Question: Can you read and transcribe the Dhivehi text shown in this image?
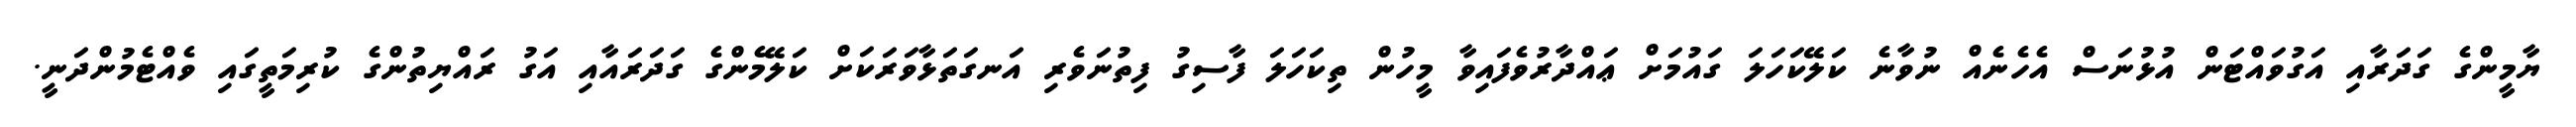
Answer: ޔާމީންގެ ގަދަރާއި އަގުވައްޓަން އުޅުނަސް އެހެނެއް ނުވާނެ ކަލޭކަހަލަ ގައުމަށް ޢައްދާރުވެފައިވާ މީހުން ތިކަހަލަ ފާސިގު ފިތުނަވެރި އަނގަތަޅާވަރަކަށް ކަލޭމެންގެ ގަދަރައާއި އަގު ރައްޔިތުންގެ ކުރިމަތީގައި ވެއްޓެމުންދަނީ.